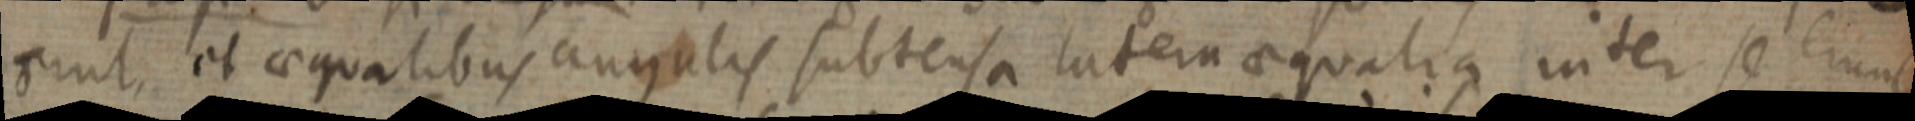
gunt, et aequalibus angulis subtensa latera aequalia inter se erunt